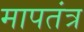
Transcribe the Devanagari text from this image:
मापतंत्र